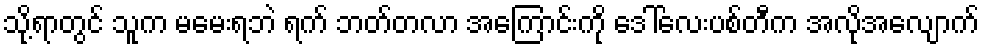
သို့ရာတွင် သူက မမေးရဘဲ ရက် ဘတ်တလာ အကြောင်းကို ဒေါ်လေးပစ်တီက အလိုအလျောက်